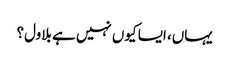
یہاں، ایسا کیوں نہیں ہے بلاول؟